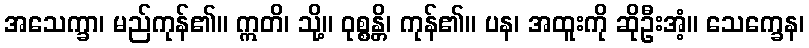
အသေက္ခာ၊ မည်ကုန်၏။ ဣတိ၊ သို့။ ဝုစ္စန္တိ၊ ကုန်၏။ ပန၊ အထူးကို ဆိုဦးအံ့။ သေက္ခေန၊